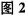
图2